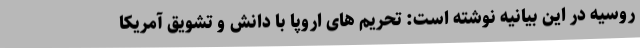
روسیه در این بیانیه نوشته است: تحریم های اروپا با دانش و تشویق آمریکا